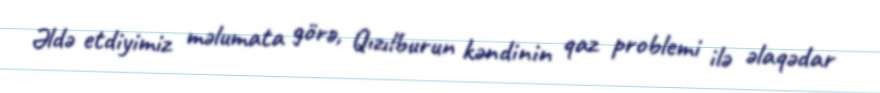
Əldə etdiyimiz məlumata görə, Qızılburun kəndinin qaz problemi ilə əlaqədar